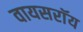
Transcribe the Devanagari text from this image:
वायसराॅय